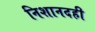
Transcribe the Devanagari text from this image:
निशानदही